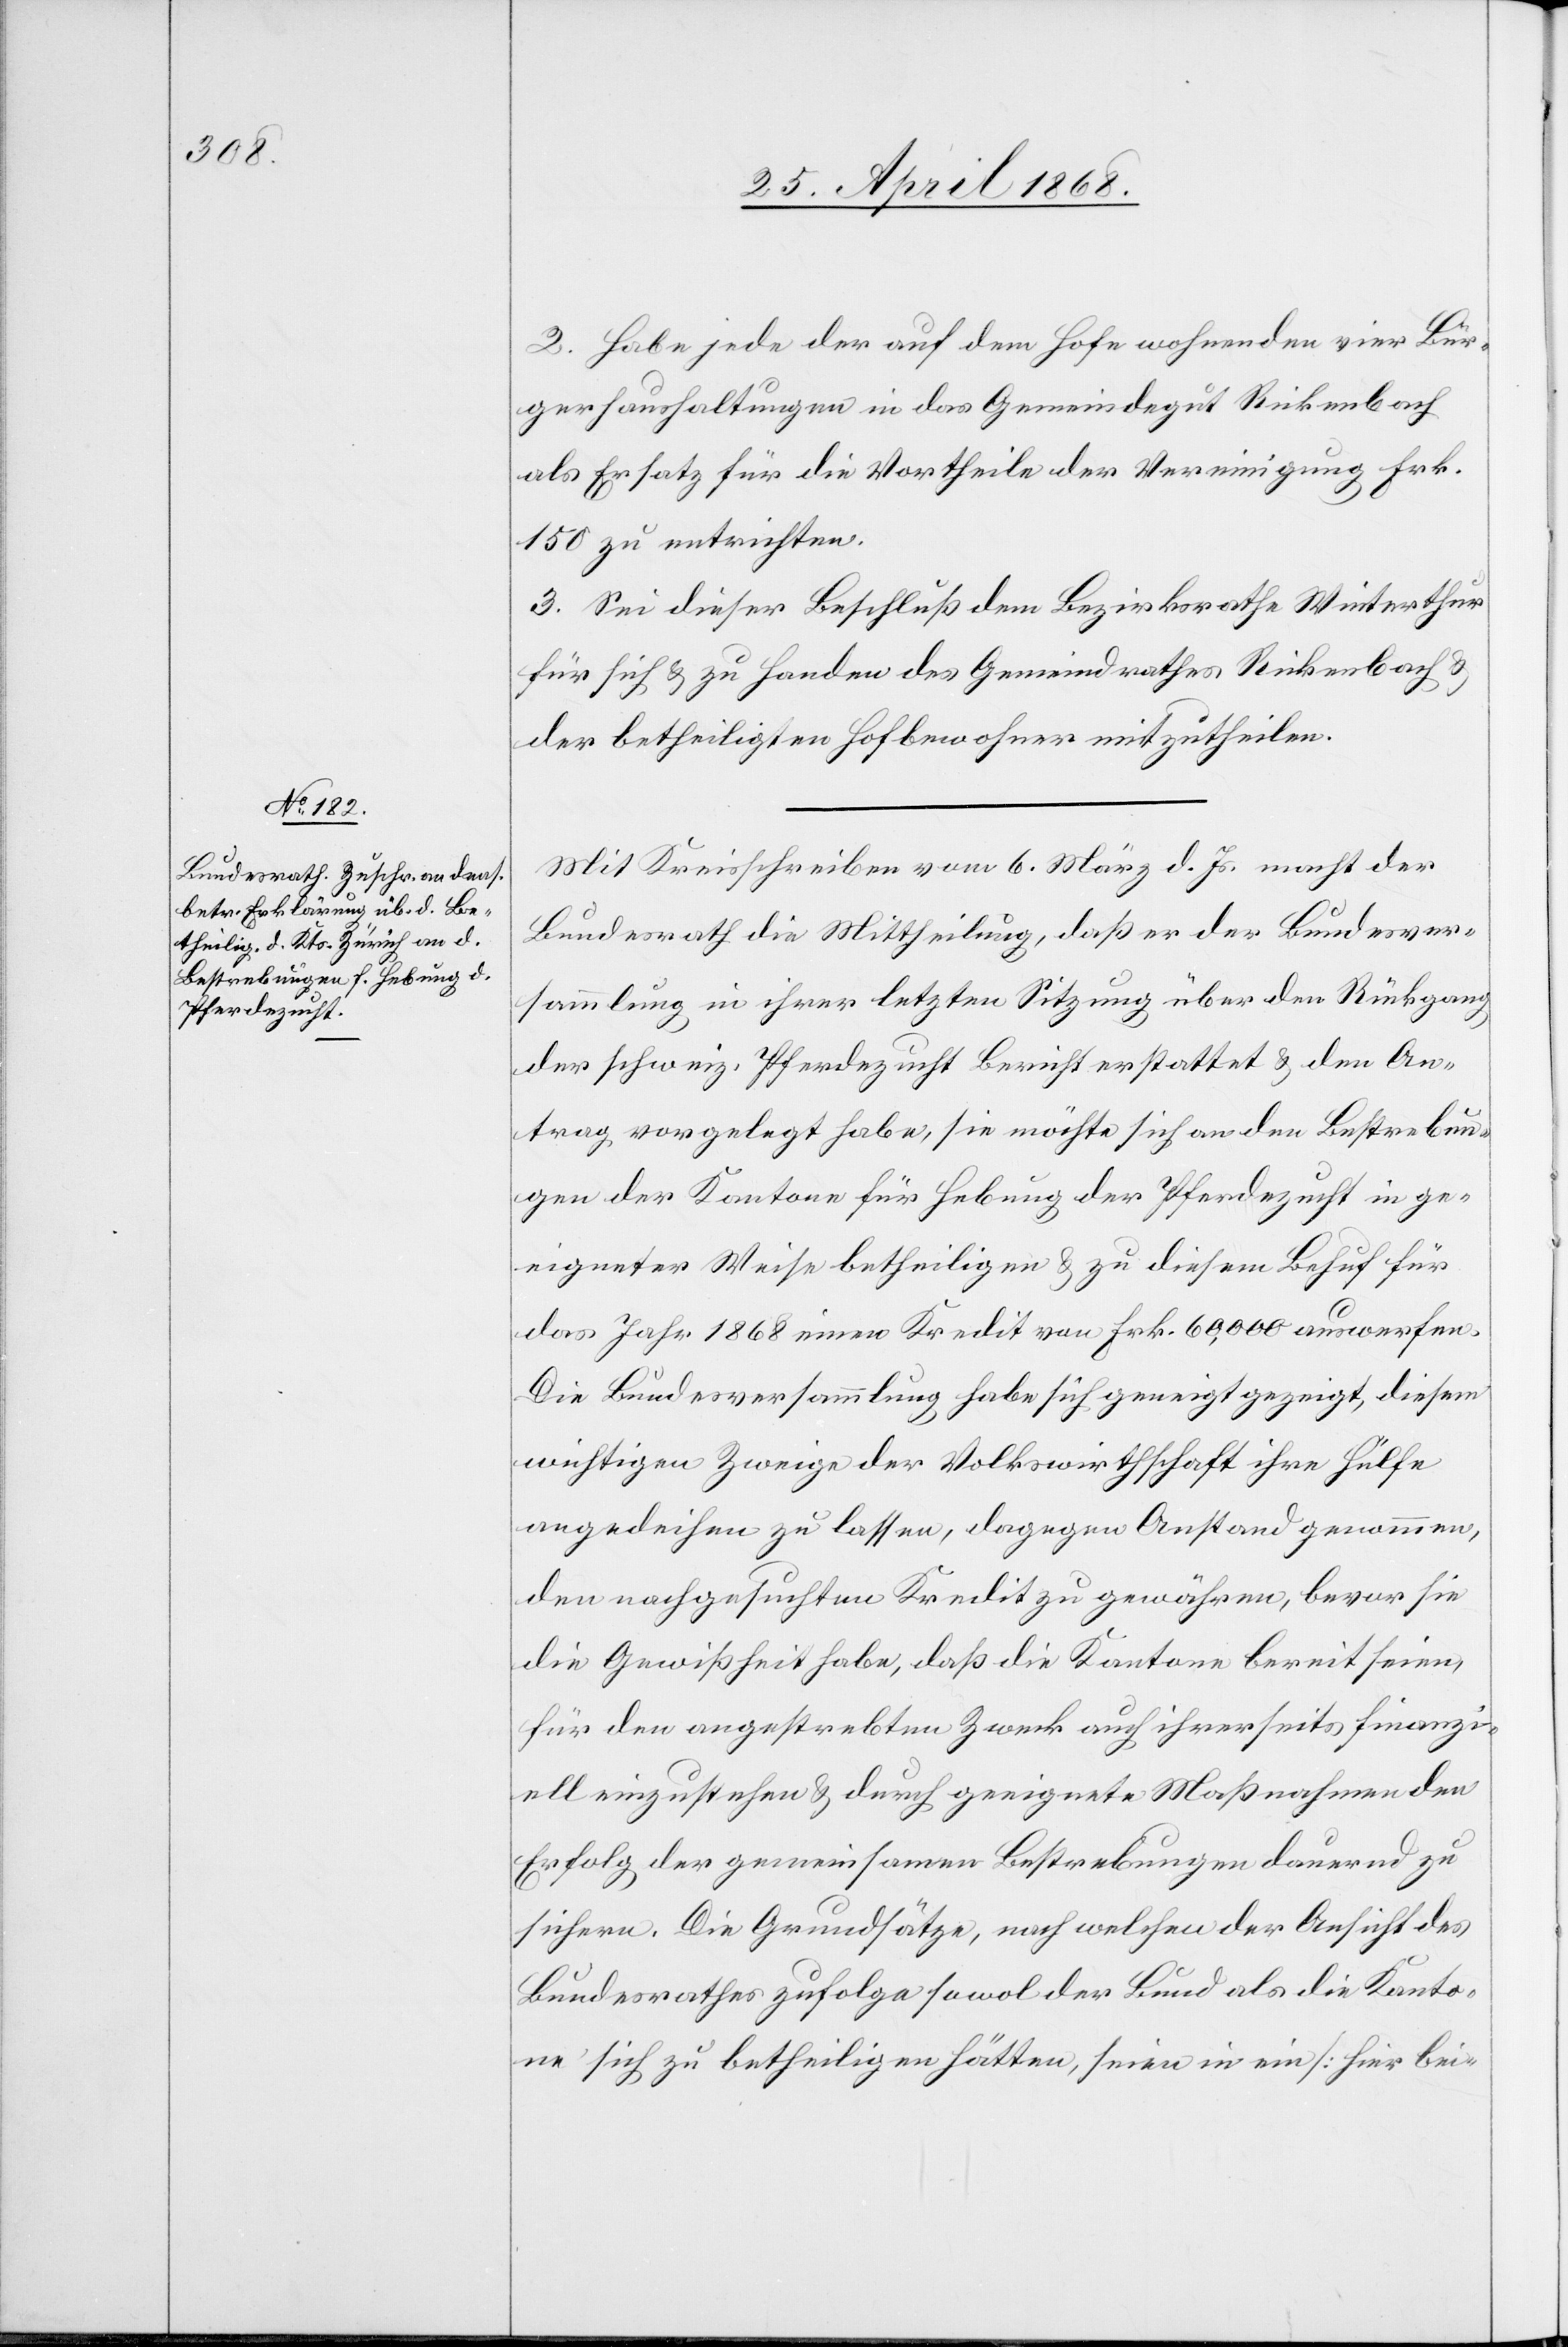
2. Habe jede der auf dem Hofe wohnenden vier Bür¬
gerhaushaltungen in das Gemeindegut Rickenbach
als Ersatz für die Vortheile der Vereinigung Frk.
150 zu entrichten.
3. Sei dieser Beschluß dem Bezirksrathe Winterthur
für sich & zu Handen des Gemeindrathes Rickenbach &
der betheiligten Hofbewohner mitzutheilen.
Mit Kreisschreiben vom 6. März d. Js. macht der
Bundesrath die Mittheilung, daß er der Bundesver¬
sammlung in ihrer letzten Sitzung über den Rückgang
der schweiz. Pferdezucht Bericht erstattet & den An¬
trag vorgelegt habe, sie möchte sich an den Bestrebun¬
gen der Kantone für Hebung der Pferdezucht in ge¬
eigneter Weise betheiligen & zu diesem Behuf für
das Jahr 1868 einen Kredit von Frk. 60,000 auswerfen.
Die Bundesversammlung habe sich geneigt gezeigt, diesem
wichtigen Zweige der Volkswirthschaft ihre Hülfe
angedeihen zu lassen, dagegen Anstand genommen,
den nachgesuchten Kredit zu gewähren, bevor sie
die Gewißheit habe, daß die Kantone bereit seien,
für den angestrebten Zweck auch ihrerseits finanzi¬
ell einzustehen & durch geeignete Maßnahmen den
Erfolg der gemeinsamen Bestrebungen dauernd zu
sichern. Die Grundsätze, nach welchen der Ansicht des
Bundesrathes zufolge sowol der Bund als die Kanto¬
ne sich zu betheiligen hätten, seien in ein [hier bei-